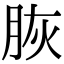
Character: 脄